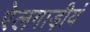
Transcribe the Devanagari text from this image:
रेलगाड़ीयं